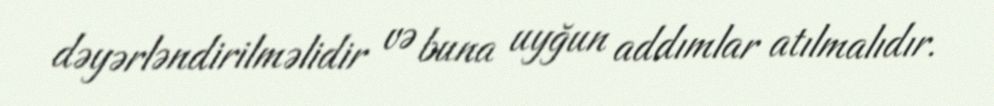
dəyərləndirilməlidir və buna uyğun addımlar atılmalıdır.